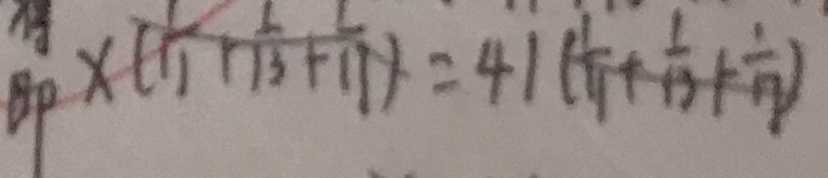
B P \times ( \frac { 1 } { 1 1 } + \frac { 1 } { 1 3 } + \frac { 1 } { 1 1 } ) = 4 1 ( \frac { 1 } { 1 1 } + \frac { 1 } { 1 3 } + \frac { 1 } { 1 7 } )